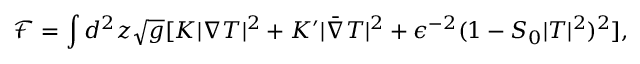
\mathcal { F } = \int d ^ { 2 } z \sqrt { g } [ K | \nabla T | ^ { 2 } + K ^ { \prime } | \bar { \nabla } T | ^ { 2 } + \epsilon ^ { - 2 } ( 1 - S _ { 0 } | T | ^ { 2 } ) ^ { 2 } ] ,